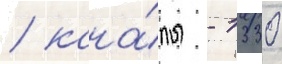
/ кана́лы - 1330